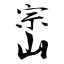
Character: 崈